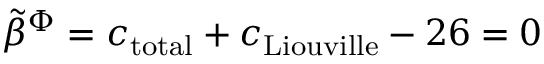
{ \tilde { \beta } } ^ { \Phi } = c _ { \mathrm { t o t a l } } + c _ { \mathrm { L i o u v i l l e } } - 2 6 = 0